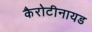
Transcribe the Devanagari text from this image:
कैरोटीनायड